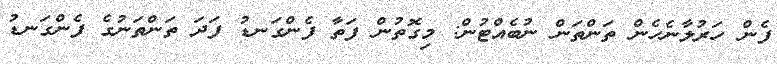
ފެން ހަރުލާނެހެން ތަންތަން ނުބެއްޓުން: މިގޮތުން ފަތާ ފެންގަނޑު ފަދަ ތަންތަނުގެ ފެންގަނޑު